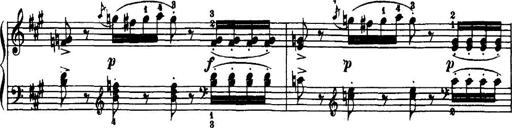
Title: 7 Sonatinas
Composer: Anton Diabelli